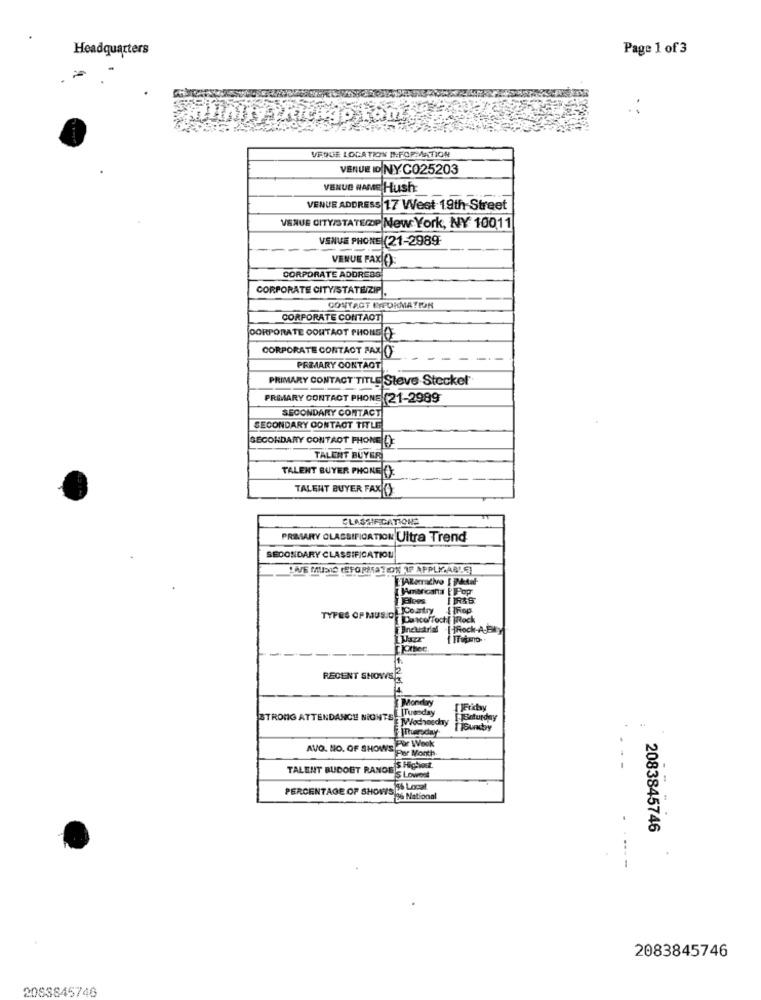
Headquarters
Page 1 of 3
VROUE LOCATION IN:FORMATION
VENUE ID NYC025203
VENUE NAME Hush:
VENUE ADDRESS 17 West 19th Street
VENUE CITY/STATECP New York, NY 10011
VENUE PHONE (21-2989
VENUE FAX(C)
CORPORATE ADDRESS
CORPORATE CITY/STATEZIP.
CONTACT FYFORMATION
CORPORATE CONTACT
CORPORATE CONTAOT PHONDO
CORPORATE CONTACT PARIC
PRIMARY CONTACT
PRIMARY CONTACT TITLE Steve Stecker
PRIMARY CONTACT PHONE (21-2989
SECONDARY CONTACT
SECONDARY CONTACT TITLE
SECONDARY CONTACT PHONE DE
TALENT BUYER
TALENT BUYER PHONE O:
TALENT BUYER FAXİCY:
CLASSIFICATIONS
PRIMARY CLASSIFICATION Ultra Trend
SECONDARY CLASSIFICATION
" NE MIDIS TEFORMATION 1P APPLKAABLE
Americana [' Pop
RSS
Country
Fop
TYPES OF MUS.OF
Dascoffoch{ jRock
Industrial
RECENT SHOWS
Monday
STRONG ATTENDANCE NIGHTEL ITuesday
Młodwnęchy
PEsaturday
.
41
AVO. NO. OF SHOWS - Wook
Por Months
TALENT BUCOUT RANGE S Highest
S Lowost
- -
PERCENTAGE OF SHOWS Local
Mains National
2083845746
- --- -
2083845746
2083845746